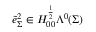
\tilde { e } _ { \Sigma } ^ { 2 } \in H _ { 0 0 } ^ { \frac { 1 } { 2 } } \Lambda ^ { 0 } ( \Sigma )